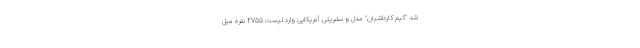
شد "کیم کارداشیان" مدل و سلبریتی آمریکایی وارد لیست 2755 نفره میل